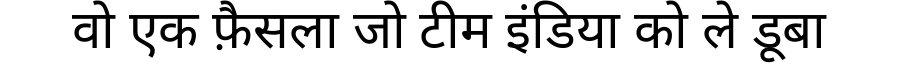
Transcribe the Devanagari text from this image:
वो एक फ़ैसला जो टीम इंडिया को ले डूबा